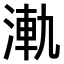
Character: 𣷾